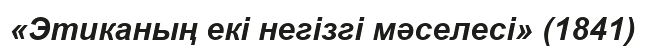
«Этиканың екі негізгі мәселесі» (1841)